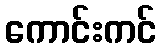
ကောင်းကင်